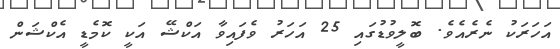
އަހަރަކު ނެރެއެވެ. ބޮލީވުޑުގައި 25 އަހަރު ވެފައިވާ އަކްޝޭ އަކީ ކޮމެޑީ އެކްޝަން